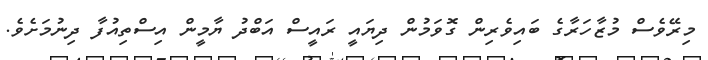
މިރޭވެސް މުޒާހަރާގެ ބައިވެރިން ގޮވަމުން ދިޔައީ ރައީސް އަބްދު ޔާމީން އިސްތިއުފާ ދިނުމަށެވެ.